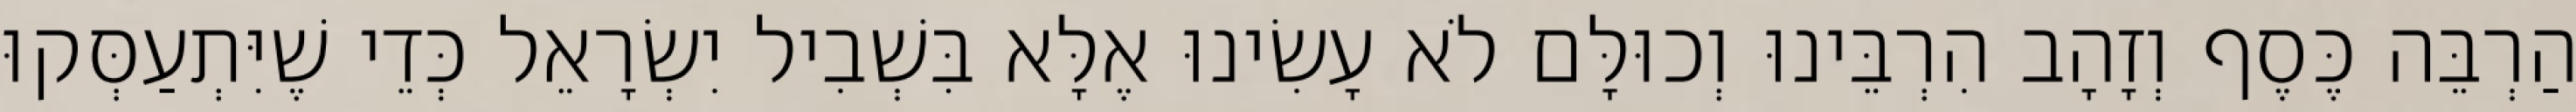
הַרְבֵּה כֶּסֶף וְזָהָב הִרְבֵּינוּ וְכוּלָּם לֹא עָשִׂינוּ אֶלָּא בִּשְׁבִיל יִשְׂרָאֵל כְּדֵי שֶׁיִּתְעַסְּקוּ